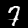
Digit: 7